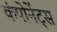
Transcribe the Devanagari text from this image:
कंपोनेंट्स